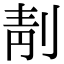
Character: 𠝜